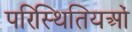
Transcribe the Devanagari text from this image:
परिस्थितियओं